Annual report of the Punjab Veterinary College and of the Civil Veterinary Department, Punjab - 1926-1932
Year: 1926
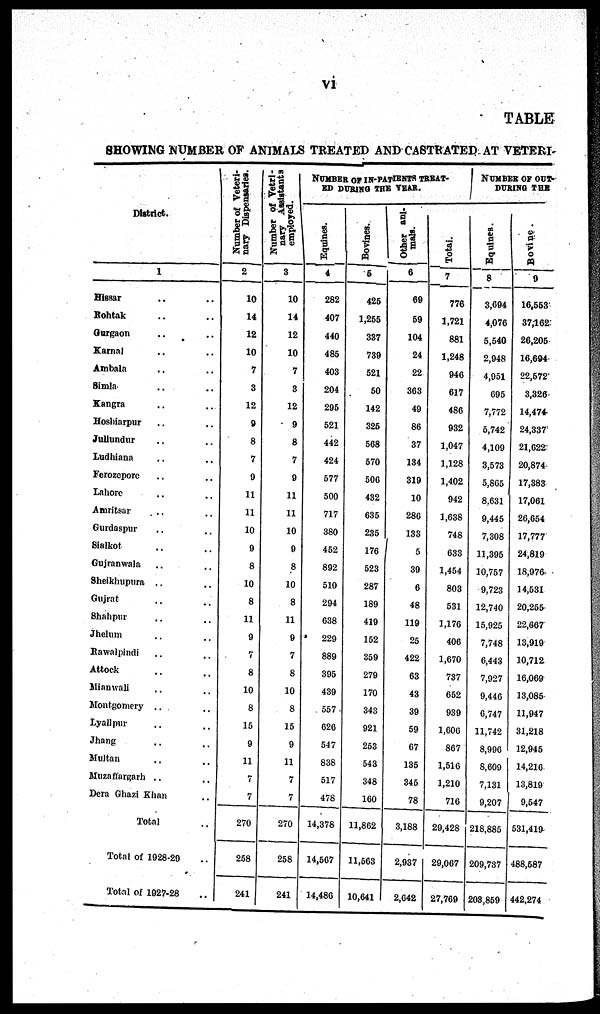
vi
TABLE
SHOWING NUMBER OF ANIMALS TREATED AND CASTRATED AT VETERI
District.
1
Hissar .. ..
Rohtak .. ..
Gurgaon .. ..
Karnal .. ..
Ambala .. ..
Simla .. ..
Kangra .. ..
Hoshiarpur .. ..
Jullundur .. ..
Ludhiana .. ..
Ferozepore .. ..
Lahore .. ..
Amritsar .. ..
Gurdaspur .. ..
Sialkot .. ..
Gujranwala .. ..
Sheikhupura .. ..
Gujrat .. ..
Shahpur .. ..
Jhelum .. ..
Rawalpindi .. ..
Attock .. ..
Mianwall .. ..
Montgomery ..
Lyallpur .. ..
Jhang .. ..
Multan .. ..
Muzafiargarh .. ..
Dera Ghazi Khan ..
Total ..
Total of 1928-29 ..
Total of 1927-28 ..
Number of Veteri-
nary Dispensaries.
2
10
14
12
10
7
3
12
9
8
7
9
11
11
10
9
8
10
8
11
9
7
8
10
8
15
9
11
7
7
270
258
241
Number of Vetri-
nary Assistants
employed.
3
10
14
12
10
7
3
12
9
8
7
9
11
11
10
9
8
10
8
11
9
7
8
10
8
15
9
11
7
7
270
258
241
NUMBER OF IN-PATIENTS TREAT-
ED DURING THE YEAR.
Equines.
4
282
407
440
485
403
204
295
521
442
424
577
500
717
380
452
892
510
294
638
229
889
395
439
557
626
547
838
517
478
14,378
14,567
14,486
Bovines.
5
425
1,255
337
739
521
50
142
325
568
570
506
432
635
235
176
523
287
189
419
152
359
279
170
348
921
253
543
348
160
11,862
11,563
10,641
Other ani-
mals.
6
69
59
104
24
22
363
49
86
37
134
319
10
286
133
5
39
6
48
119
25
422
63
43
39
59
67
135
345
78
3,188
2,937
2,642
Total.
7
776
1,721
881
1,248
946
617
486
932
1,047
1,128
1,402
942
1,638
748
633
1,454
803
531
1,176
406
1,670
737
652
939
1,606
867
1,516
1,210
716
29,428
29,067
27,769
NUMBER OF OUT-
DURING THE
Equines.
8
3,694
4,076
5,540
2,948
4,951
605
7,772
5,742
4,109
3,573
5,865
8,631
9,445
7,308
11,395
10,757
9,723
12,740
15,925
7,748
6,443
7,927
9,440
6,747
11,742
8,996
8,609
7,131
9,207
218,885
209,737
203,859
Bovine.
9
16,553
37,162
26,205
16,694
22,572
3,326
14,474
24,337
21,622
20,874
17,383
17,061
20,654
17,777
24,819
18,976
14,531
20,255
22,667
13,919
10,712
16,069
13,085
11,947
31,218
12,945
14,216
13,819
9,547
531,419
488,587
442,274